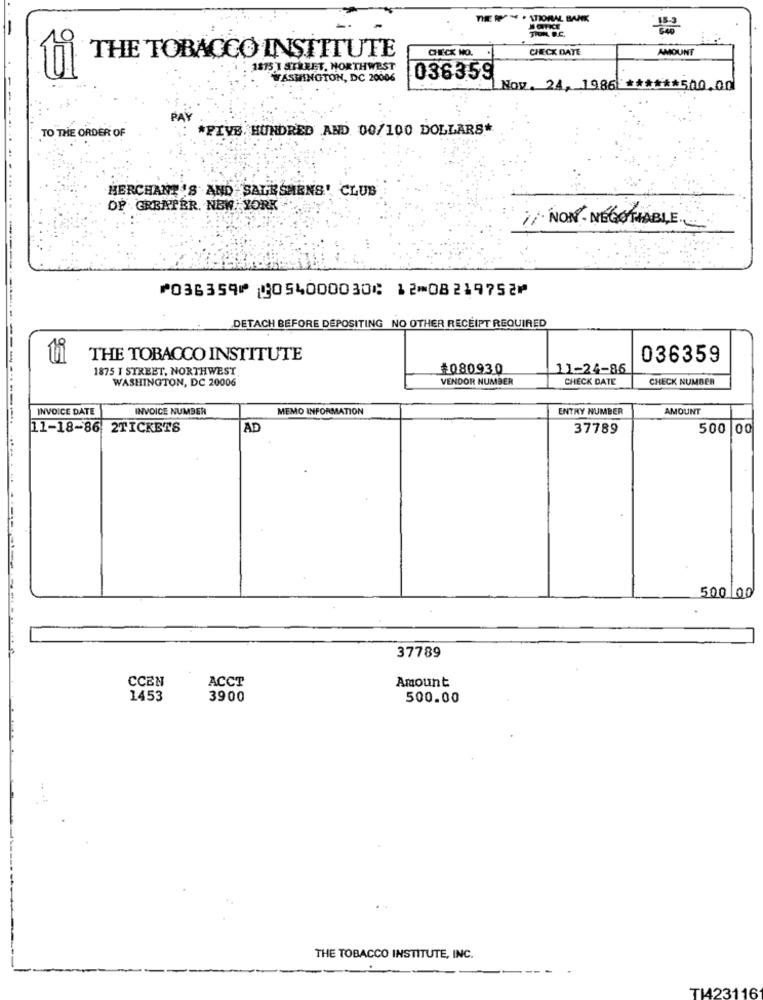
ATIONAL BANK
-
THE TOBACCO INSTITUTE
CHECK NO.
CHECK DATE
AMOUNT
1875 ] STRRET, NORTHWEST
WASHINGTON, DC 20006
036359
Nov. 24, 1986 ****** 500.000
PAY
*FIVE HUNDRED AND 00/100 DOLLARS*
TO THE ORDER OF
HERCHANT 'S AND SALESMENS' CLUB
OF GREATER. NEW YORK
7/ NON- NEGOTIABLE.
⑈036359⑈ 054000030⑆ 12⑉08219752⑈
DETACH BEFORE DEPOSITING NO OTHER RECEIPT REQUIRED
thi
THE TOBACCO INSTITUTE
036359
1875 I STREET, NORTHWEST
#080930
11-24-86
WASHINGTON, DC 20006
VENDOR NUMBER
CHECK DATE
CHECK NUMBER
INVOICE DATE
INVOICE NUMBER
MEMO INFORMATION
ENTRY NUMBER
AMOUNT
-------.
11-18-86 2TICKETS
AD
37789
500 00
500 00
37789
CCEN
ACCT
Amount
1453
3900
500.00
THE TOBACCO INSTITUTE, INC.
TH23116